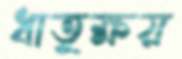
ধাতুক্ষয়